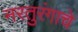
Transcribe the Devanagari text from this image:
नरतुरंगाचे